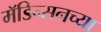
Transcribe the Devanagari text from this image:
मॅडिन्सनच्या